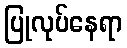
ပြုလုပ်နေရာ